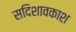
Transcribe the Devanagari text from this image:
सदिशावकाश